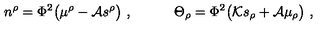
n ^ { \rho } = \Phi ^ { 2 } \big ( \mu ^ { \rho } - { \cal A } s ^ { \rho } \big ) \ , \qquad \quad \Theta _ { \rho } = \Phi ^ { 2 } \big ( { \cal K } s _ { \rho } + { \cal A } \mu _ { \rho } \big ) \ ,